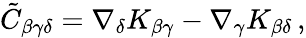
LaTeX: \tilde{C}_{\beta\gamma\delta}=\nabla_{\delta}K_{\beta\gamma}-\nabla_{\gamma}K_{\beta\delta}\, ,